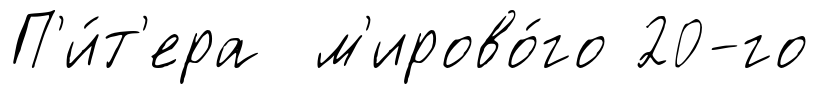
П'и́т'ера м'ирово́го 20-го